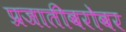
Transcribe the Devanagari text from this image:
प्रजातीबरोबर